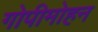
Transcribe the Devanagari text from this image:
गोपीमोहन